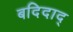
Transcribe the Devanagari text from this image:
बदिदाद्